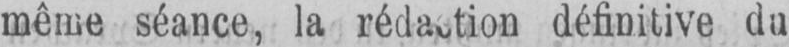
définitive du